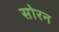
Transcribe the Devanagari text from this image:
सोरन